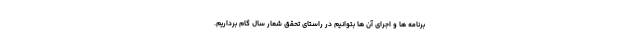
برنامه ها و اجرای آن ها بتوانیم در راستای تحقق شعار سال گام برداریم.